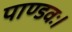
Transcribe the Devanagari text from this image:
पाण्डवः।